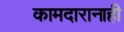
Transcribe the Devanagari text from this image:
कामदारानाही